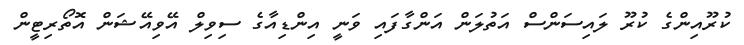
ކުރޫއިންގެ ކުރޫ ލައިސަންސް އަތުލަން އަންގާފައި ވަނީ އިންޑިއާގެ ސިވިލް އޭވިއޭޝަން އޮތޯރިޓީން